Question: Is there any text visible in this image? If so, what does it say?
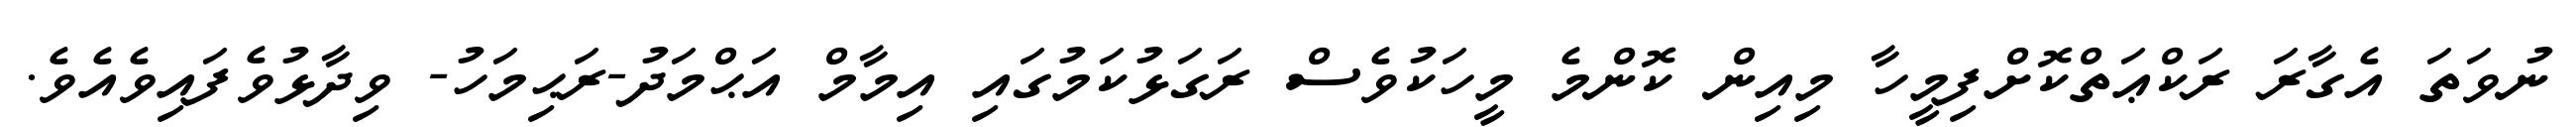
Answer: ނުވަތަ އެގާރަ ރަކްޢަތްކޮށްފިމީހާ މިއިން ކޮންމެ މީހަކުވެސް ރަގަޅުކަމުގައި އިމާމް އަޙްމަދު-ރަޙިމަހު- ވިދާޅުވެފައިވެއެވެ.